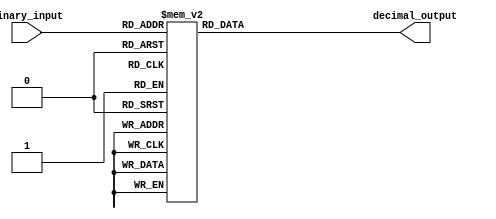
module bcd_decoder (
    input [3:0] binary_input,
    output reg [9:0] decimal_output
);

always @(*) begin
    case (binary_input)
        4'b0000: decimal_output = 10'b0000000001; // 0
        4'b0001: decimal_output = 10'b0000000010; // 1
        4'b0010: decimal_output = 10'b0000000100; // 2
        4'b0011: decimal_output = 10'b0000001000; // 3
        4'b0100: decimal_output = 10'b0000010000; // 4
        4'b0101: decimal_output = 10'b0000100000; // 5
        4'b0110: decimal_output = 10'b0001000000; // 6
        4'b0111: decimal_output = 10'b0010000000; // 7
        4'b1000: decimal_output = 10'b0100000000; // 8
        4'b1001: decimal_output = 10'b1000000000; // 9
        default: decimal_output = 10'b0000000000; // all other values are inactive
    endcase
end

endmodule